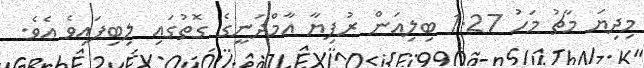
މިދިޔަ މާޗު މަހު 1.27 ބިލިއަން ރުފިޔާ އާމްދަނީގެ ގޮތުގައި ލިބިފައިވެ އެވެ.